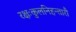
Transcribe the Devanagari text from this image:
रक्षःकुलनिहन्तारौ